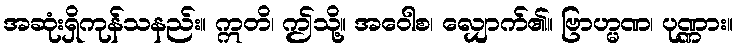
အဆုံးရှိကုန်သနည်း။ ဣတိ၊ ဤသို့။ အဝေါစ၊ လျှောက်၏။ ဗြာဟ္မဏ၊ ပုဏ္ဏား။